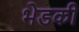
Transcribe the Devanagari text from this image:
भेडकी